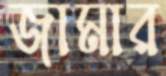
জামার